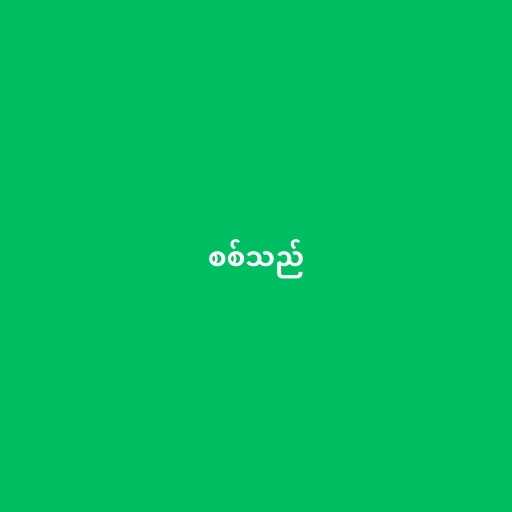
စစ်သည်